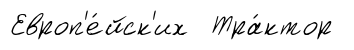
Европ'е́йск'их Тра́ктор